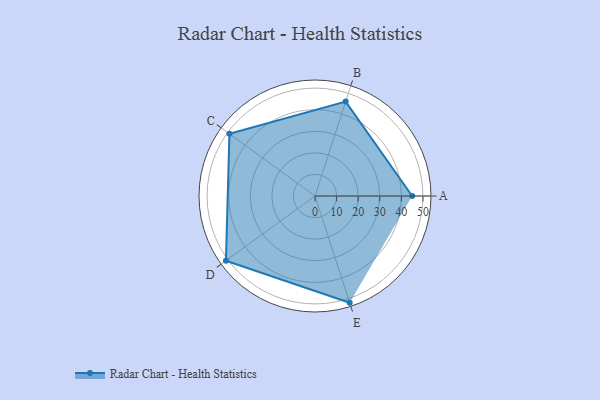
{"axis": {"x": "Skill", "y": "Score"}, "legend": ["Profile"], "data": [{"x": "A", "y": 45.0, "type": "Profile"}, {"x": "B", "y": 46.0, "type": "Profile"}, {"x": "C", "y": 49.0, "type": "Profile"}, {"x": "D", "y": 51.0, "type": "Profile"}, {"x": "E", "y": 52.0, "type": "Profile"}]}